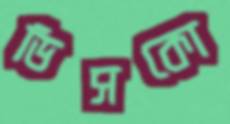
ডিসকো